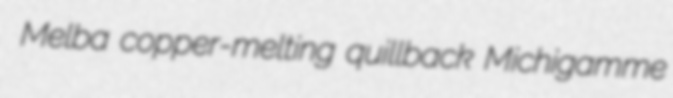
Melba copper-melting quillback Michigamme